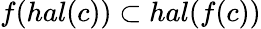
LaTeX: f(hal(c))\subset hal(f(c))